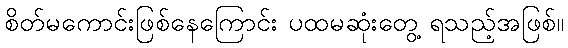
စိတ်မကောင်းဖြစ်နေကြောင်း ပထမဆုံးတွေ့ ရသည့်အဖြစ်။